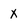
Character: x